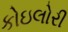
કોઇલોરી